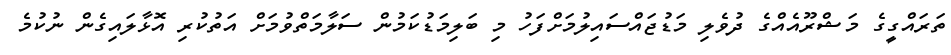
ތަރައްގީގެ މަޝްރޫއެއްގެ ދުވެލި މަޑުޖައްސައިލުމަށްފަހު މި ބަލިމަޑުކަމުން ސަލާމަތްވުމަށް އަތުކުރި އޮޅާލައިގެން ނުކުމެ